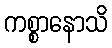
ကစ္စာနောသိ